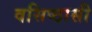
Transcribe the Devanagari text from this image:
वसिष्ठासी